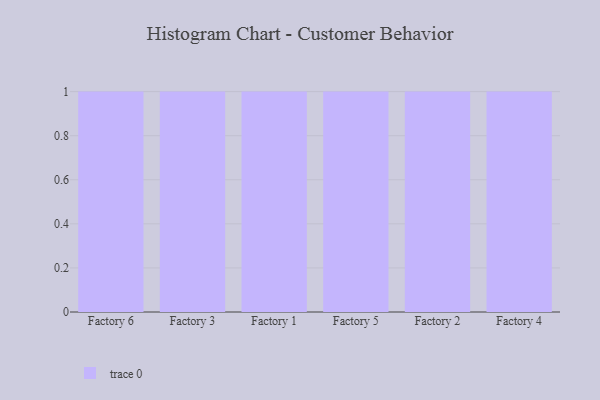
{"axis": {"x": "Factory", "y": "Population (Million)"}, "legend": [""], "data": [{"x": "Factory 6", "y": 69, "type": ""}, {"x": "Factory 3", "y": 78, "type": ""}, {"x": "Factory 1", "y": 80, "type": ""}, {"x": "Factory 5", "y": 22, "type": ""}, {"x": "Factory 2", "y": 43, "type": ""}, {"x": "Factory 4", "y": 29, "type": ""}]}